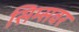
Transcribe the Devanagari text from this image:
सिम्सवर